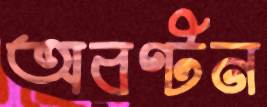
অবণ্টন